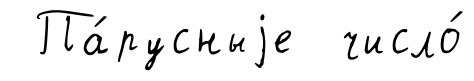
Па́русныjе число́